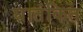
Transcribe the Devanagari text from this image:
घातंकित